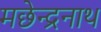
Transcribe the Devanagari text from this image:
मछेन्द्रनाथ